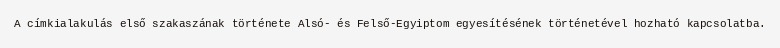
A címkialakulás első szakaszának története Alsó- és Felső-Egyiptom egyesítésének történetével hozható kapcsolatba.